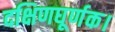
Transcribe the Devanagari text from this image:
दक्षिणघूर्णक।